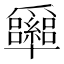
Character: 𰠉